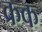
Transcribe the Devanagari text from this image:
क्रक